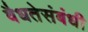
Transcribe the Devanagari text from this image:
वैधतेसंबंधी